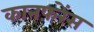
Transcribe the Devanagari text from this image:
कानफ़रेंस